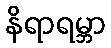
နိရာရမ္ဘာ